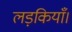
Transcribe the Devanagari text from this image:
लड़कियाँ।